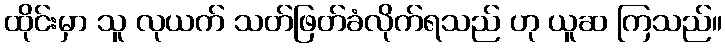
ထိုင်းမှာ သူ လုယက် သတ်ဖြတ်ခံလိုက်ရသည် ဟု ယူဆ ကြသည်။